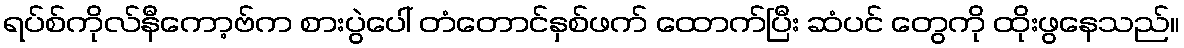
ရပ်စ်ကိုလ်နီကော့ဗ်က စားပွဲပေါ် တံတောင်နှစ်ဖက် ထောက်ပြီး ဆံပင် တွေကို ထိုးဖွနေသည်။